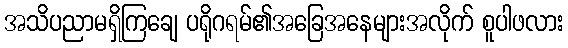
အသိပညာမရှိကြချေ ပရိုဂရမ်၏အခြေအနေများအလိုက် စူပါဖလား